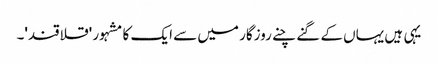
یہی ہیں یہاں کے گنے چنے روزگار میں سے ایک کا مشہور 'قلاقند'۔